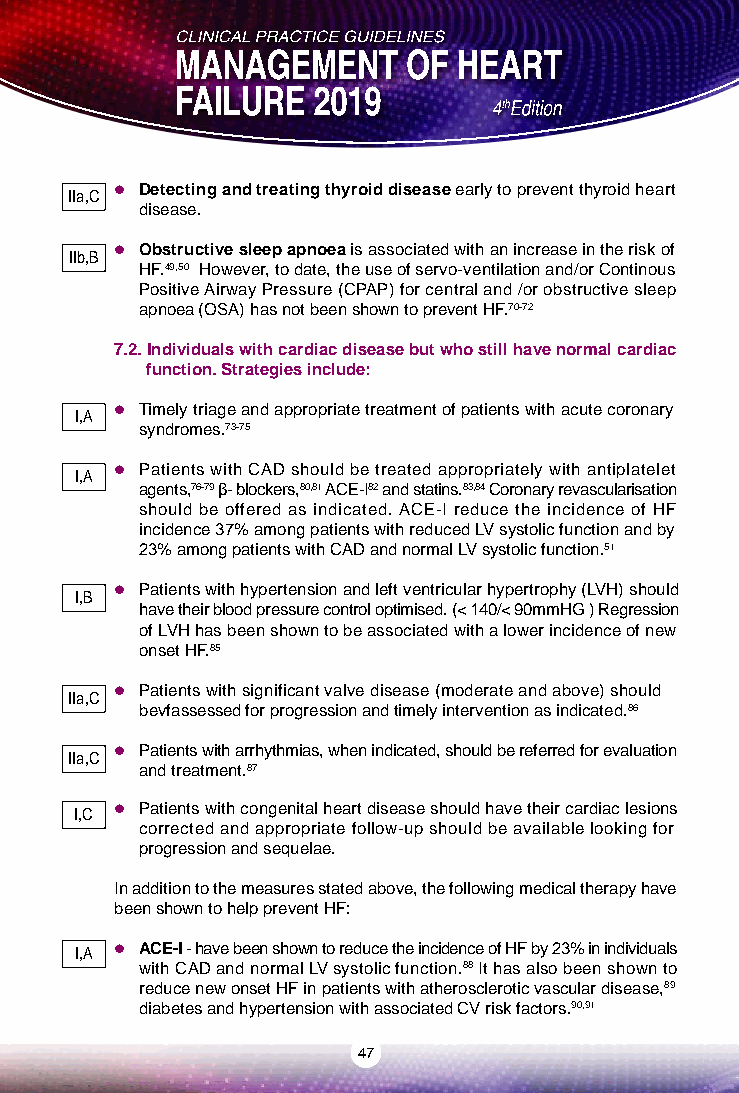
IIa,C  Detecting and treating thyroid disease early to prevent thyroid heart
 disease.
 IIb,B  Obstructive sleep apnoea is associated with an increase in the risk of
 HF.49,50 However, to date, the use of servo-ventilation and/or Continous
 Positive Airway Pressure (CPAP) for central and /or obstructive sleep
 apnoea (OSA) has not been shown to prevent HF.70-72
 7.2. Individuals with cardiac disease but who still have normal cardiac
 function. Strategies include:
 I,A  Timely triage and appropriate treatment of patients with acute coronary
 syndromes.73-75
 I,A  Patients with CAD should be treated appropriately with antiplatelet
 agents,76-79 β- blockers,80,81 ACE-I82 and statins.83,84 Coronary revascularisation
 should be offered as indicated. ACE-I reduce the incidence of HF
 incidence 37% among patients with reduced LV systolic function and by
 23% among patients with CAD and normal LV systolic function.51
  Patients with hypertension and left ventricular hypertrophy (LVH) should
 I,B
 have their blood pressure control optimised. (< 140/< 90mmHG ) Regression
 of LVH has been shown to be associated with a lower incidence of new
 onset HF.85
 IIa,C  Patients with significant valve disease (moderate and above) should
 bevfassessed for progression and timely intervention as indicated.86
  Patients with arrhythmias, when indicated, should be referred for evaluation
 IIa,C
 and treatment.87
 I,C  Patients with congenital heart disease should have their cardiac lesions
 corrected and appropriate follow-up should be available looking for
 progression and sequelae.
 In addition to the measures stated above, the following medical therapy have
 been shown to help prevent HF:
 I,A  ACE-I - have been shown to reduce the incidence of HF by 23% in individuals
 with CAD and normal LV systolic function.88 It has also been shown to
 reduce new onset HF in patients with atherosclerotic vascular disease,89
 diabetes and hypertension with associated CV risk factors.90,91
 47